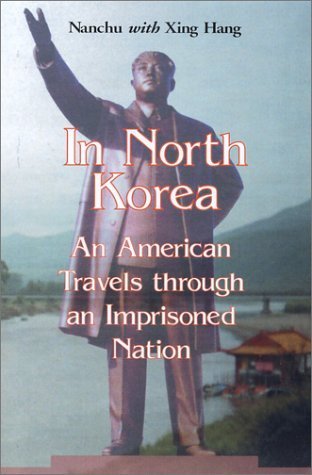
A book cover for In North Korea: An American Travels Through an Imprisoned Nation by Nanchu; Hang, Xing published by Mcfarland & Co Inc Pub; Travel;